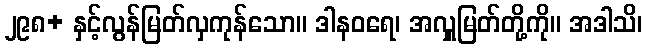
၂၉၈+ နှင့်လွန်မြတ်လှကုန်သော။ ဒါနဝရေ၊ အလှူမြတ်တို့ကို။ အဒါသိ၊